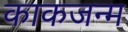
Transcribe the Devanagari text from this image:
काकजन्म